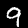
Label: 9